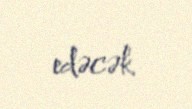
edəcək.